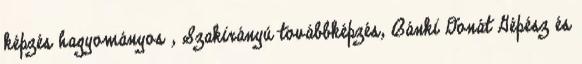
képzés hagyományos , Szakirányú továbbképzés, Bánki Donát Gépész és